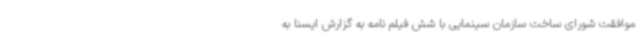
موافقت شورای ساخت سازمان سینمایی با شش فیلم نامه به گزارش ایسنا به